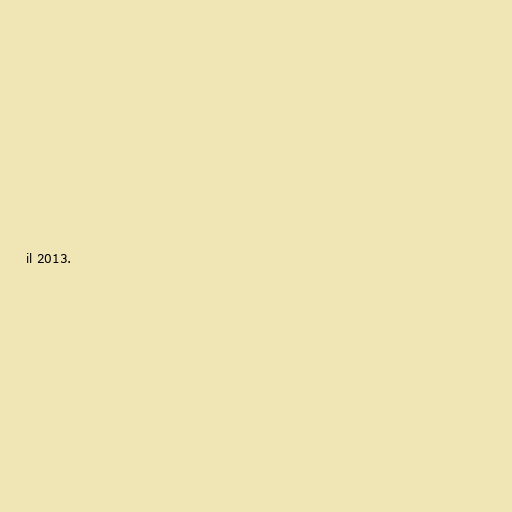
il 2013.